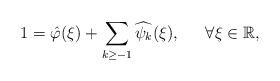
LaTeX: \begin{align*} 1=\hat{\varphi}(\xi)+\sum_{k\geq-1}\widehat{\psi_{k}}(\xi), \,\,\,\,\,\,\,\,\, \forall\xi\in\mathbb{R},\end{align*}